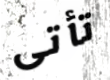
تأتى